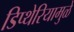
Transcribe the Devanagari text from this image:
डिप्थेरियामुळे